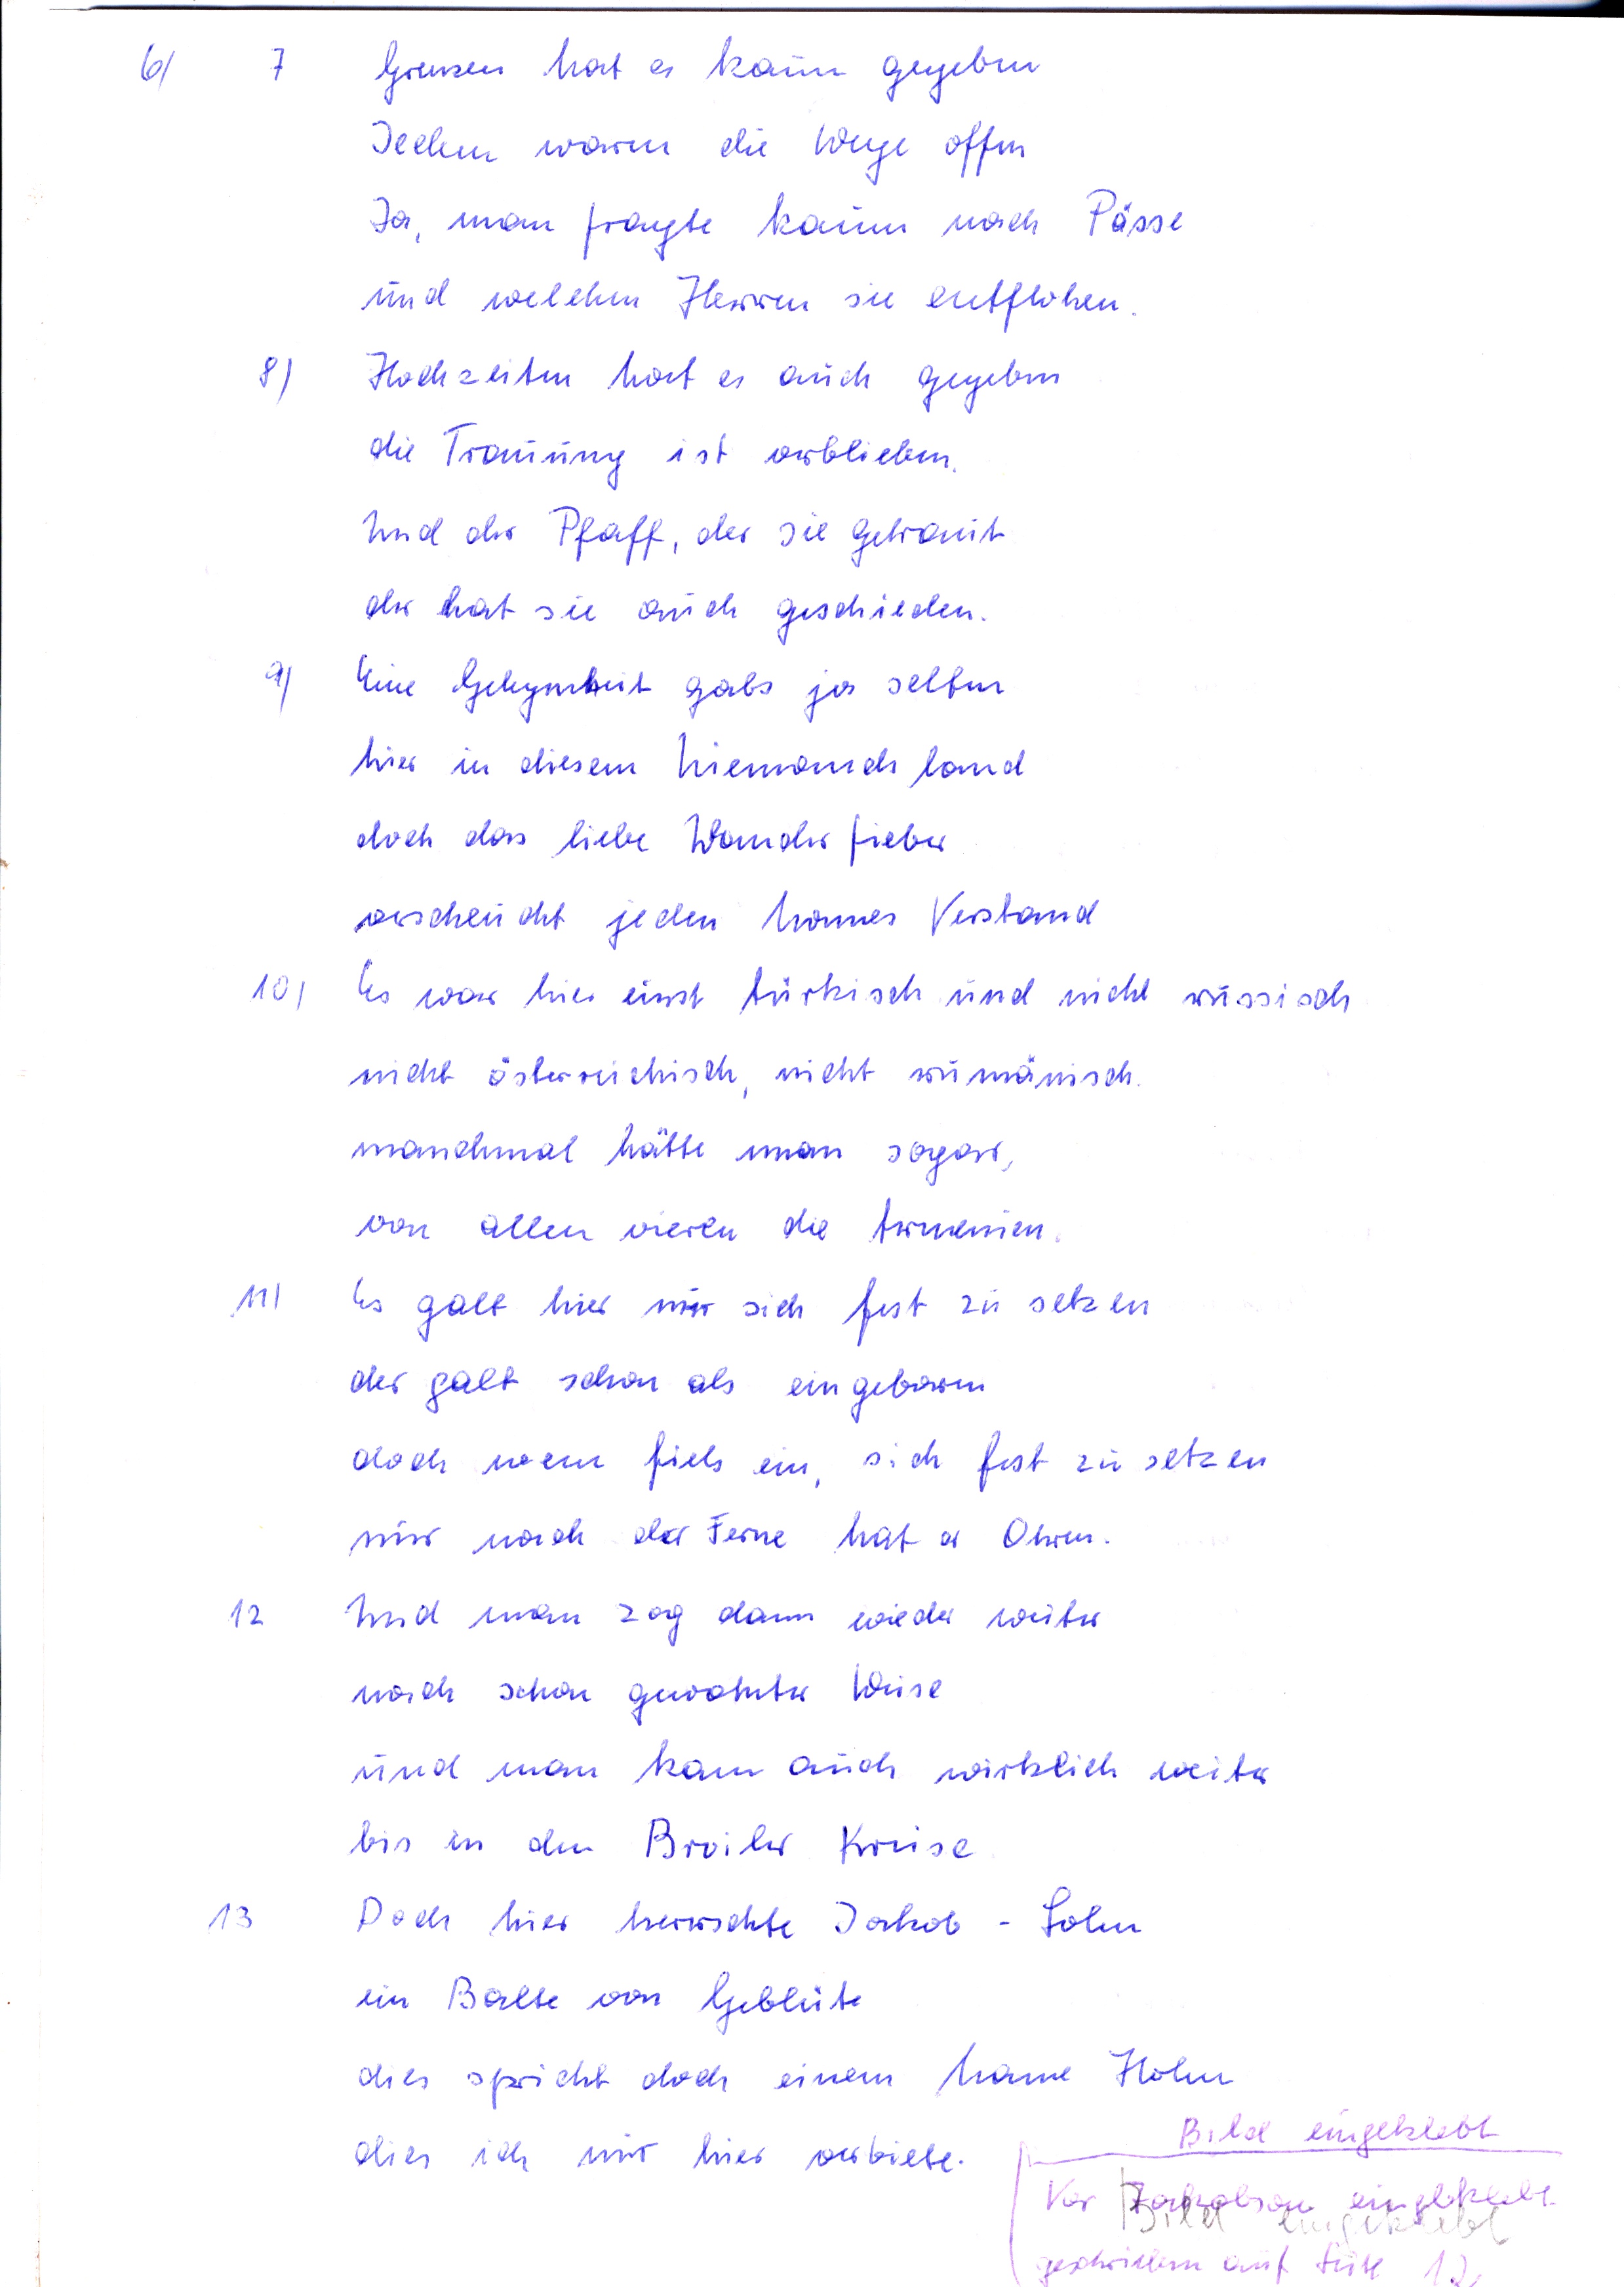
7 Grenzen hat es kaum gegeben
Jedem warm die Wege offen
Ja, man fragte kaum nach Pässe
und welchen Herren sie entflohen
8) Hochzeiten hat es auch gegeben
die Trauung ist verblieben
Und der Pfaff, der sie getraut
der hat sie auch geschieden
9) Eine Gelegenheit gabs ja selten
hier in diesem NIemandsland
doch das liebe Wanderfieber
verscheucht jeden Mannes Verstand
10) Es war hier einst türkisch und nicht russisch
nicht österreichisch, nicht rumänisch
manchmal hätte man sogar
von allen vieren die Armenien
11) Es galt hier nur sich fest zu setzen
der galt schon als eingeboren
doch wem fiels ein, sich fest zu setzen
nur nach der Ferne hat er Ohren
12 Und man zog dann wieder weiter
nach schon gewohnter Weise
und man kam auch wirklich weiter
bis in den Brailer Kreise
13 Doch hier herrschte Jakob-Sohn
ein Balte von Geblüte
dies spricht doch einem Manne Hohn
dies ich mir hier verbiete